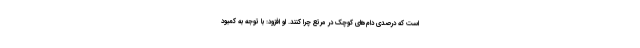
است که درصدی دام‌های کوچک در مرتع چرا کنند. او افزود: با توجه به کمبود